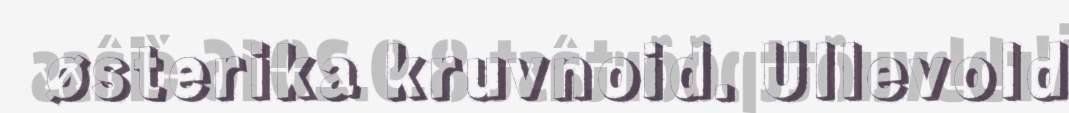
østerika kruvnoid. Ullevold